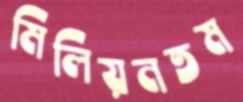
মিলিয়নতম